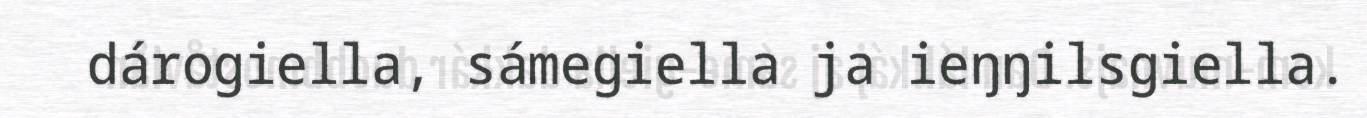
dárogiella, sámegiella ja ieŋŋilsgiella.